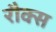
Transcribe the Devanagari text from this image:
रौक्स